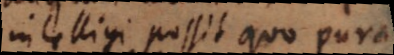
intelligi possit quo pura